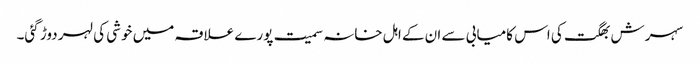
سہرش بھگت کی اس کامیابی سے ان کے اہل خانہ سمیت پورے علاقہ میں خوشی کی لہر دوڑ گئی۔